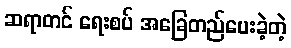
ဆရာတင် ရေးစပ် အခြေတည်ပေးခဲ့တဲ့